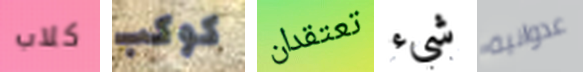
كلاب كوكب تعتقدان شيء عدوانية